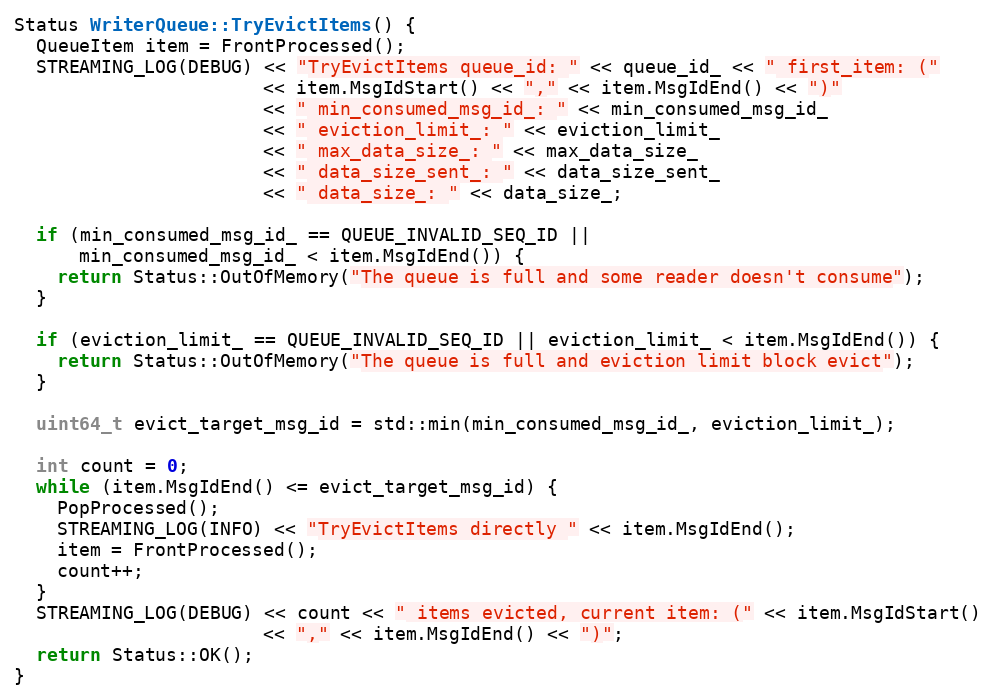
Language: C++
Status WriterQueue::TryEvictItems() {
  QueueItem item = FrontProcessed();
  STREAMING_LOG(DEBUG) << "TryEvictItems queue_id: " << queue_id_ << " first_item: ("
                       << item.MsgIdStart() << "," << item.MsgIdEnd() << ")"
                       << " min_consumed_msg_id_: " << min_consumed_msg_id_
                       << " eviction_limit_: " << eviction_limit_
                       << " max_data_size_: " << max_data_size_
                       << " data_size_sent_: " << data_size_sent_
                       << " data_size_: " << data_size_;

  if (min_consumed_msg_id_ == QUEUE_INVALID_SEQ_ID ||
      min_consumed_msg_id_ < item.MsgIdEnd()) {
    return Status::OutOfMemory("The queue is full and some reader doesn't consume");
  }

  if (eviction_limit_ == QUEUE_INVALID_SEQ_ID || eviction_limit_ < item.MsgIdEnd()) {
    return Status::OutOfMemory("The queue is full and eviction limit block evict");
  }

  uint64_t evict_target_msg_id = std::min(min_consumed_msg_id_, eviction_limit_);

  int count = 0;
  while (item.MsgIdEnd() <= evict_target_msg_id) {
    PopProcessed();
    STREAMING_LOG(INFO) << "TryEvictItems directly " << item.MsgIdEnd();
    item = FrontProcessed();
    count++;
  }
  STREAMING_LOG(DEBUG) << count << " items evicted, current item: (" << item.MsgIdStart()
                       << "," << item.MsgIdEnd() << ")";
  return Status::OK();
}